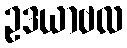
ဥဒယာဗလ